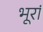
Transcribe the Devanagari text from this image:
भूरां